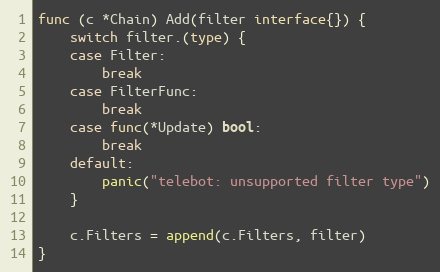
Language: Go
func (c *Chain) Add(filter interface{}) {
	switch filter.(type) {
	case Filter:
		break
	case FilterFunc:
		break
	case func(*Update) bool:
		break
	default:
		panic("telebot: unsupported filter type")
	}

	c.Filters = append(c.Filters, filter)
}